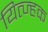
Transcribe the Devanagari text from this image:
यित्ज्हक